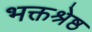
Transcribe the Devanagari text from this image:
भक्तश्रेष्ठ